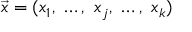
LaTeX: { \vec { x } } = ( x _ { 1 } , \ \ldots , \ x _ { j } , \ \ldots , \ x _ { k } )